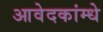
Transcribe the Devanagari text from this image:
आवेदकांम्धे